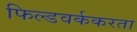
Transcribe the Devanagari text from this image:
फिल्डवर्ककरता